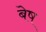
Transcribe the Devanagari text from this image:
बेष